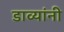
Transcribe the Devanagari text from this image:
डाव्यांनी